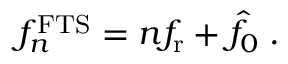
f _ { n } ^ { \mathrm { F T S } } = n f _ { \mathrm { r } } + \hat { f _ { 0 } } \; .